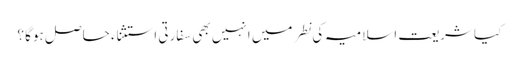
کیا شریعت اسلامیہ کی نطر میں انہیں بھی سفارتی استثناء حاصل ہوگا ؟